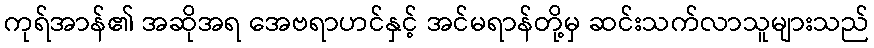
ကုရ်အာန်၏ အဆိုအရ အေဗရာဟင်နှင့် အင်မရာန်တို့မှ ဆင်းသက်လာသူများသည်